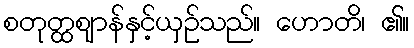
စတုတ္ထဈာန်နှင့်ယှဉ်သည်။ ဟောတိ၊ ၏။